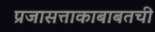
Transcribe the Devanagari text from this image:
प्रजासत्ताकाबाबतची